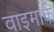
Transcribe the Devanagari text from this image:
वाइमार्क